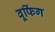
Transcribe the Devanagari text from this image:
वूफिंग